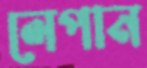
লেপান